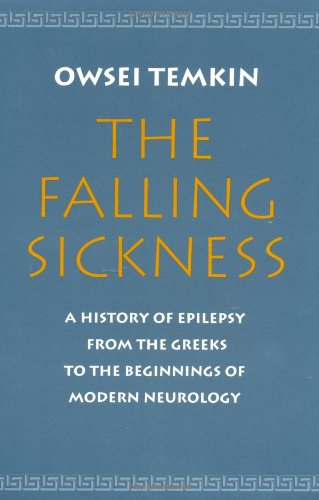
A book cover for The Falling Sickness: A History of Epilepsy from the Greeks to the Beginnings of Modern Neurology (Softshell Books); Owsei Temkin; Health, Fitness & Dieting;